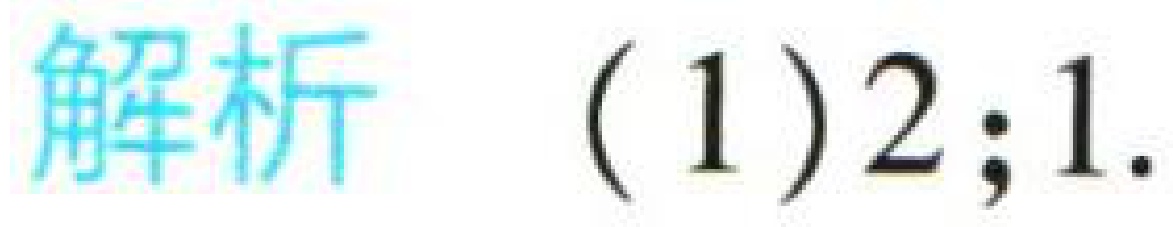
解析 (1) 2; 1.